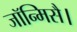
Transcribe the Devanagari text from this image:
जॉन्मिसै।